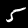
Digit: 5